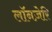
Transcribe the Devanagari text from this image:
लॉनज़ेरि